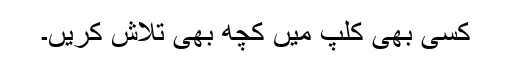
کسی بھی کلپ میں کچھ بھی تلاش کریں۔